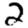
Digit: 2